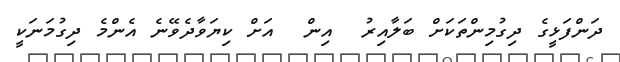
ދަންފަޅީގެ ދިގުމިންތަކަށް ބަލާއިރު  އިން  އަށް ކިޔަވާދެވޭނެ އެންމެ ދިގުމަނަކީ